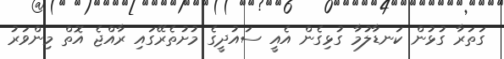
ގަތަރާ ގުޅުން ކަނޑާލުމާ ގުޅިގެން އެއީ ސައުދީގެ މުށުތެރޭގައި ރާއްޖެ އޮތް މިންވަރު